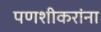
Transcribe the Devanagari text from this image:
पणशीकरांना